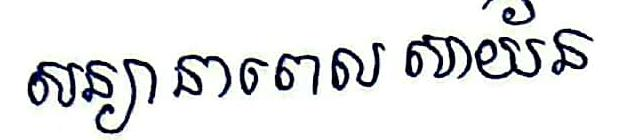
សន្យានាពេលសាយ័ន